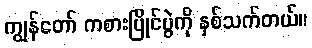
ကျွန်တော် ကစားပြိုင်ပွဲကို နှစ်သက်တယ်။